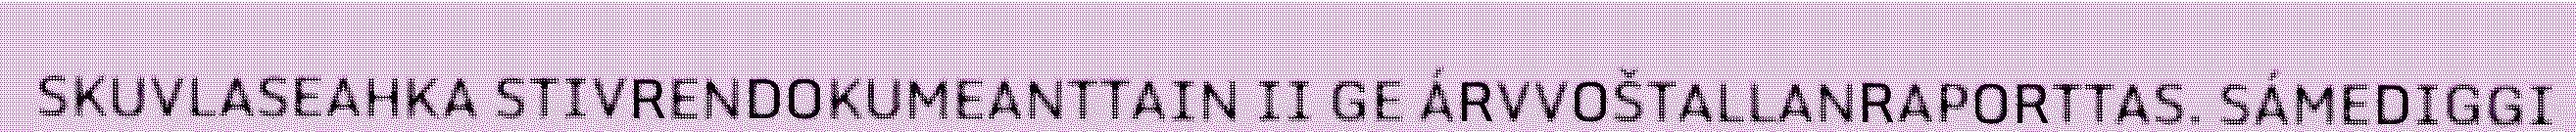
SKUVLASEAHKA STIVRENDOKUMEANTTAIN II GE ÁRVVOŠTALLANRAPORTTAS. SÁMEDIGGI